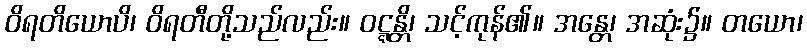
ဝိရတိယောပိ၊ ဝိရတီတို့သည်လည်း။ ဝဋ္ဋန္တိ၊ သင့်ကုန်၏။ အန္တေ၊ အဆုံး၌။ တယော၊